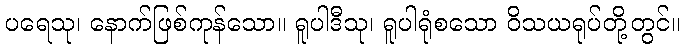
ပရေသု၊ နောက်ဖြစ်ကုန်သော။ ရူပါဒီသု၊ ရူပါရုံစသော ဝိသယရုပ်တို့တွင်။